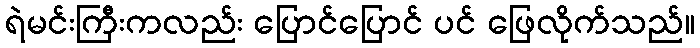
ရဲမင်းကြီးကလည်း ပြောင်ပြောင် ပင် ဖြေလိုက်သည်။